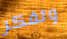
وتفكر